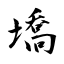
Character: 墧